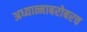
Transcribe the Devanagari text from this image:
अध्यात्माबरोबरच